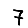
Digit: 7